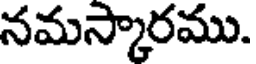
నమస్కారము.